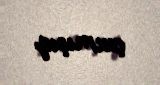
çıxmışıq.